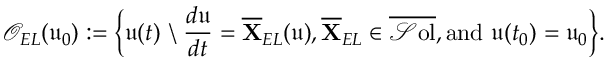
\mathcal { O } _ { E L } ( \mathfrak { u } _ { 0 } ) : = \bigg \{ \mathfrak { u } ( t ) \ \backslash \ \frac { d \mathfrak { u } } { d t } = \overline { { \mathbf { X } } } _ { E L } ( \mathfrak { u } ) , \overline { { \mathbf { X } } } _ { E L } \in \overline { { \mathcal { S } \mathrm { o l } } } , \mathrm { a n d ~ } \mathfrak { u } ( t _ { 0 } ) = \mathfrak { u } _ { 0 } \bigg \} .